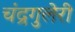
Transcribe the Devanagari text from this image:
चंद्रगुलेरी